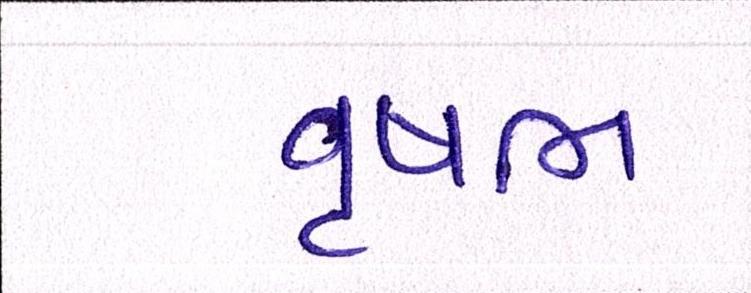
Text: વૃષભ